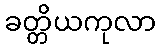
ခတ္တိယကုလာ